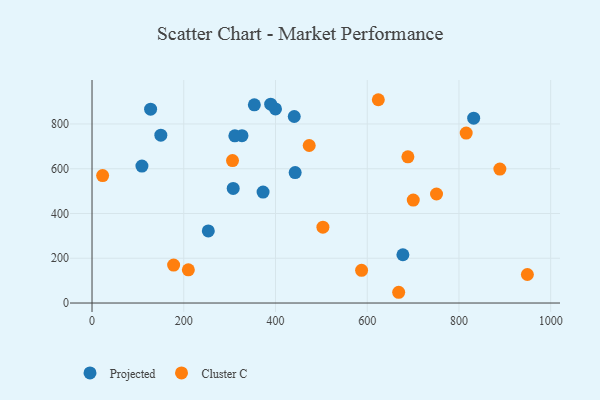
{"axis": {"x": "Experience", "y": "Demand"}, "legend": ["Cluster C", "Projected"], "data": [{"x": "150.0", "y": 749.9, "type": "Projected"}, {"x": "442.9", "y": 582.7, "type": "Projected"}, {"x": "400.0", "y": 867.4, "type": "Projected"}, {"x": "677.8", "y": 215.6, "type": "Projected"}, {"x": "372.9", "y": 495.6, "type": "Projected"}, {"x": "108.8", "y": 612.0, "type": "Projected"}, {"x": "353.9", "y": 885.4, "type": "Projected"}, {"x": "127.7", "y": 866.2, "type": "Projected"}, {"x": "326.9", "y": 747.9, "type": "Projected"}, {"x": "307.8", "y": 512.2, "type": "Projected"}, {"x": "253.5", "y": 322.2, "type": "Projected"}, {"x": "832.1", "y": 826.1, "type": "Projected"}, {"x": "389.5", "y": 888.4, "type": "Projected"}, {"x": "311.4", "y": 746.9, "type": "Projected"}, {"x": "440.9", "y": 833.5, "type": "Projected"}, {"x": "668.6", "y": 48.0, "type": "Cluster C"}, {"x": "624.2", "y": 908.4, "type": "Cluster C"}, {"x": "177.9", "y": 169.5, "type": "Cluster C"}, {"x": "700.4", "y": 460.2, "type": "Cluster C"}, {"x": "306.3", "y": 636.3, "type": "Cluster C"}, {"x": "889.2", "y": 598.4, "type": "Cluster C"}, {"x": "751.1", "y": 487.2, "type": "Cluster C"}, {"x": "503.4", "y": 339.1, "type": "Cluster C"}, {"x": "815.8", "y": 759.6, "type": "Cluster C"}, {"x": "23.1", "y": 569.3, "type": "Cluster C"}, {"x": "210.0", "y": 148.4, "type": "Cluster C"}, {"x": "587.7", "y": 146.3, "type": "Cluster C"}, {"x": "473.5", "y": 703.8, "type": "Cluster C"}, {"x": "688.7", "y": 653.4, "type": "Cluster C"}, {"x": "949.2", "y": 127.4, "type": "Cluster C"}]}